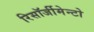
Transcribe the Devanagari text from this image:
रिसॉर्जीमेन्टो